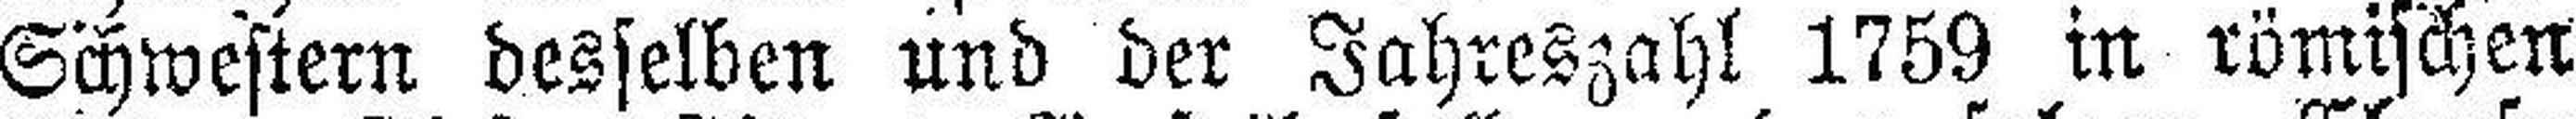
Schwestern desselben und der Jahreszahl 1759 in römischen